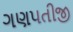
ગણપતીજી